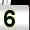
Digit: 5